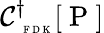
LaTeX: \mathcal C_{\mathrm{~\tiny~F~D~K~}}^{\dagger}[\mathrm{~P~}]